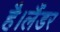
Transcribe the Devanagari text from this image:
है।लैंडर